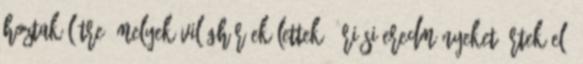
hoztak létre, melyek világhírűek lettek. Óriási eredményeket értek el,